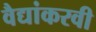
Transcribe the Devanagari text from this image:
वैद्यांकरवी